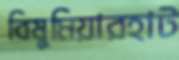
বিষুমিয়ারহাট